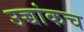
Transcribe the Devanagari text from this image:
उच्चांकच